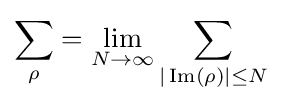
\sum _{\rho }=\lim _{N\to \infty }\sum _{|\operatorname {Im} (\rho )|\leq N}